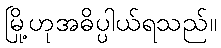
မြို့ဟုအဓိပ္ပါယ်ရသည်။